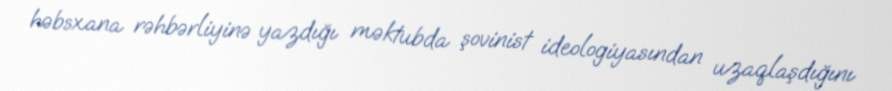
həbsxana rəhbərliyinə yazdığı məktubda şovinist ideologiyasından uzaqlaşdığını